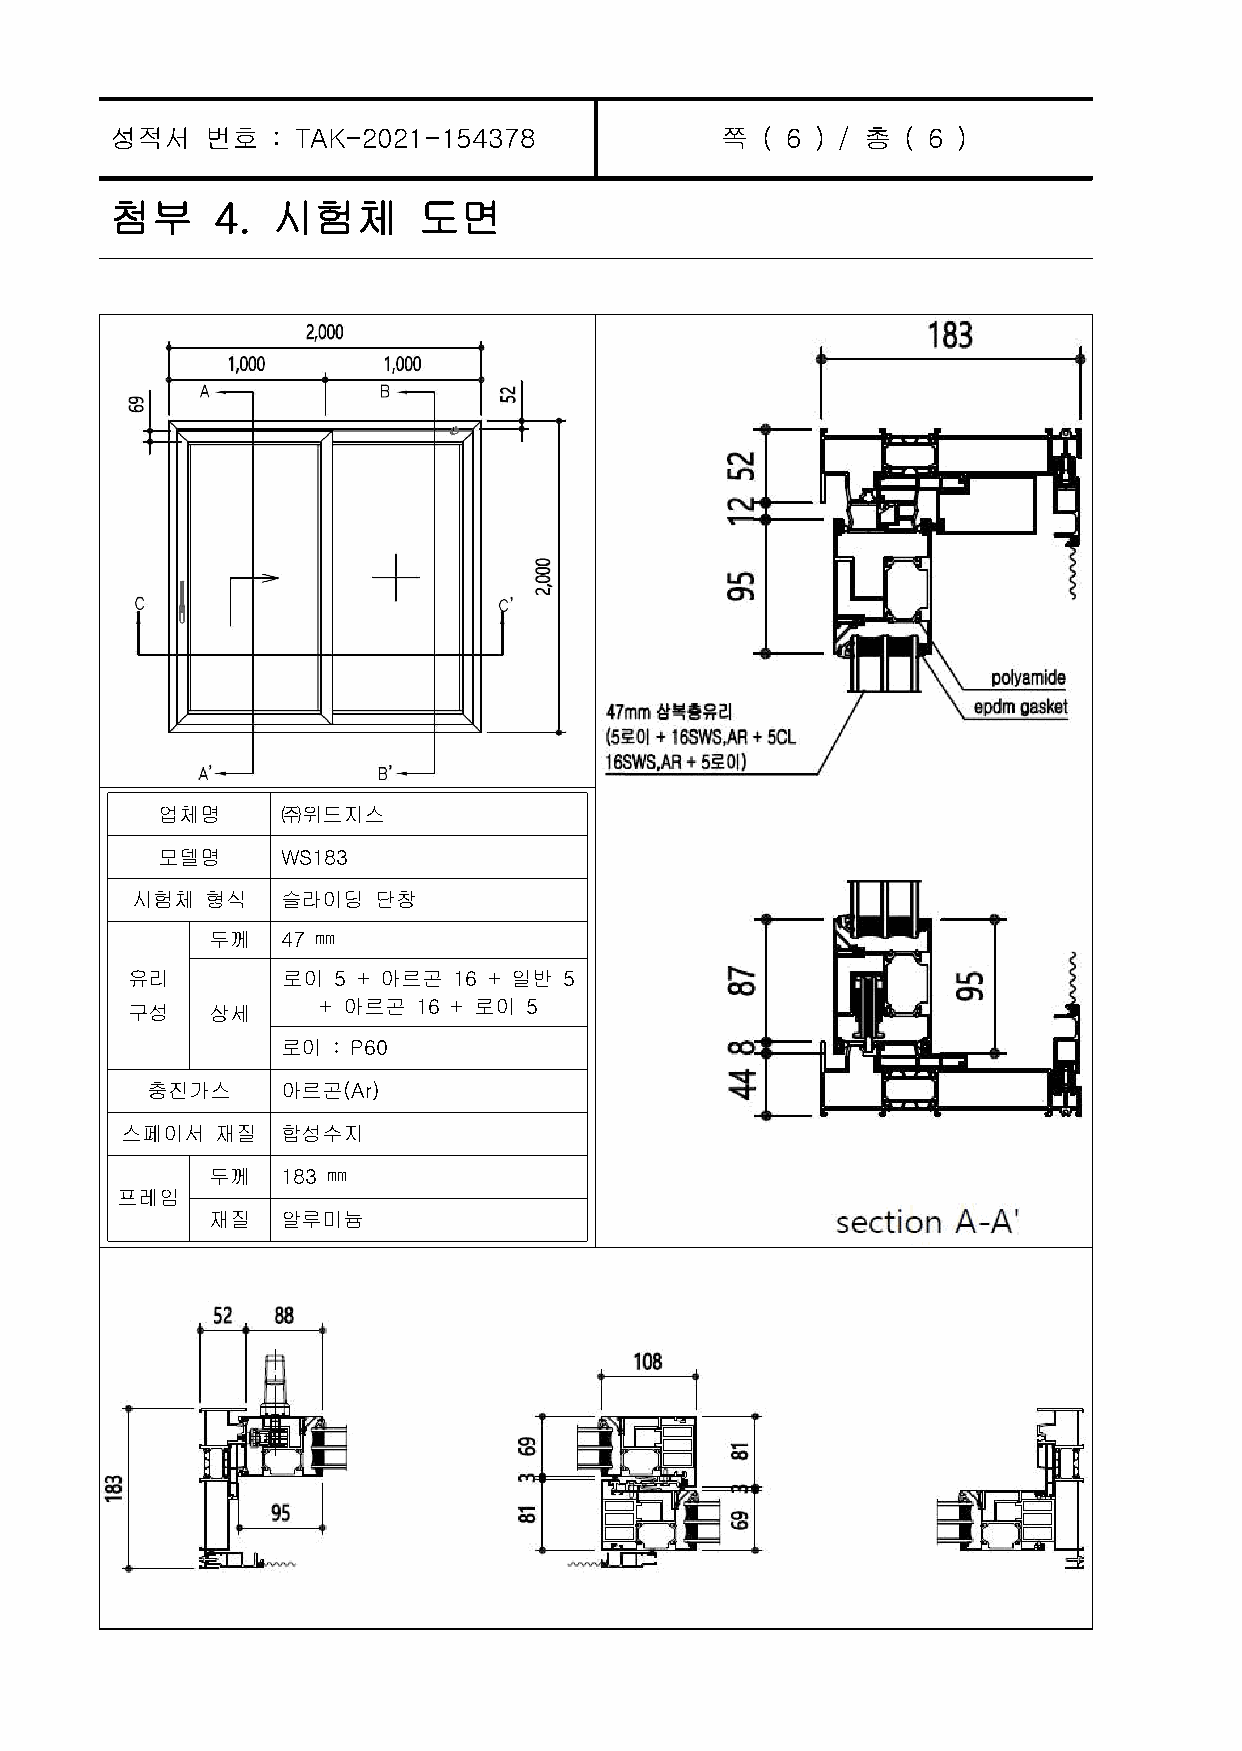
성적서    번호  : TAK-2021-154378             쪽 ( 6 ) / 총 ( 6 )
 첨부     4.  시험체       도면
 업체명      ㈜위드지스
 모델명      WS183
 시험체  형식   슬라이딩  단창
 두께   47 ㎜
 유리         로이 5 + 아르곤 16 + 일반 5
 구성    상세     + 아르곤  16 + 로이 5
 로이 : P60
 충진가스     아르곤(Ar)
 스페이서  재질   합성수지
 두께   183 ㎜
 프레임
 재질   알루미늄